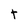
Character: t